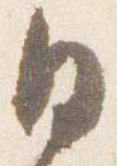
日